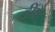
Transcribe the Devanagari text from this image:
हींयै